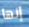
إنها